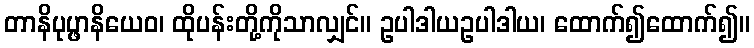
တာနိပုပ္ဖာနိယေဝ၊ ထိုပန်းတို့ကိုသာလျှင်။ ဥပါဒါယဥပါဒါယ၊ ထောက်၍ထောက်၍။